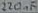
Text: 220µF